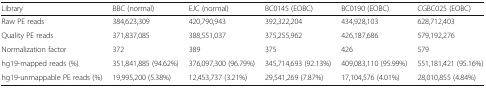
| Library | BBC (normal) | EJC (normal) | BC0145 (EOBC) | BC0190 (EOBC) | CGBC025 (EOBC) |
 | --- | --- | --- | --- | --- | --- |
 | Raw PE reads | 384,623,309 | 420,790,943 | 392,322,204 | 434,928,103 | 628,712,403 |
 | Quality PE reads | 371,837,085 | 388,551,037 | 375,255,962 | 426,187,686 | 579,192,276 |
 | Normalization factor | 372 | 389 | 375 | 426 | 579 |
 | hg19-mapped reads (%) | 351,841,885 (94.62%) | 376,097,300 (96.79%) | 345,714,693 (92.13%) | 409,083,110 (95.99%) | 551,181,421 (95.16%) |
 | hg19-unmappable PE reads (%) | 19,995,200 (5.38%) | 12,453,737 (3.21%) | 29,541,269 (7.87%) | 17,104,576 (4.01%) | 28,010,855 (4.84%) |